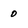
Character: 0